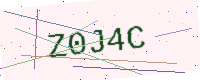
Text: Z0J4C